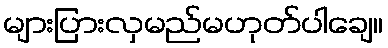
များပြားလှမည်မဟုတ်ပါချေ။